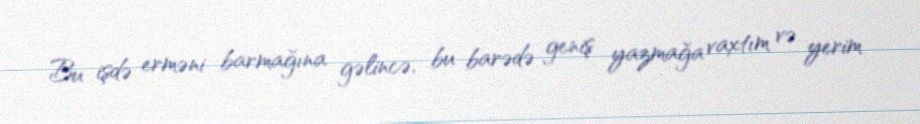
Bu işdə erməni barmağına gəlincə, bu barədə geniş yazmağa vaxtım və yerim